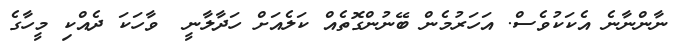
ނާންނާނެ އެކަކުވެސް. އަހަރުމެން ބޭނުންގޮތެއް ކަލެއަށް ހަދާލާނީ  ވާހަކަ ދެއްކި މީހާގެ